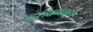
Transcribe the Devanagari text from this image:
दर्शवणार्‍या